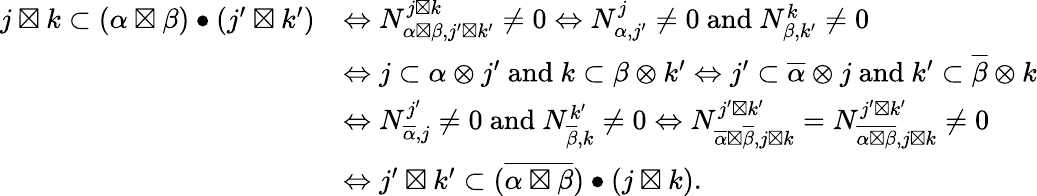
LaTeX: \begin{array}{rl}{j\boxtimes k\subset(\alpha\boxtimes\beta)\bullet(j^{\prime}\boxtimes k^{\prime})}&{\Leftrightarrow N_{\alpha\boxtimes\beta,j^{\prime}\boxtimes k^{\prime}}^{j\boxtimes k}\neq 0\Leftrightarrow N_{\alpha,j^{\prime}}^{j}\neq 0\mathrm{~and~}N_{\beta,k^{\prime}}^{k}\neq 0}\\ &{\Leftrightarrow j\subset\alpha\otimes j^{\prime}\mathrm{~and~}k\subset\beta\otimes k^{\prime}\Leftrightarrow j^{\prime}\subset\overline{{\alpha}}\otimes j\mathrm{~and~}k^{\prime}\subset\overline{{\beta}}\otimes k}\\ &{\Leftrightarrow N_{\overline{{\alpha}},j}^{j^{\prime}}\neq 0\mathrm{~and~}N_{\overline{{\beta}},k}^{k^{\prime}}\neq 0\Leftrightarrow N_{\overline{{\alpha}}\boxtimes\overline{{\beta}},j\boxtimes k}^{j^{\prime}\boxtimes k^{\prime}}=N_{\overline{{\alpha\boxtimes\beta}},j\boxtimes k}^{j^{\prime}\boxtimes k^{\prime}}\neq 0}\\ &{\Leftrightarrow j^{\prime}\boxtimes k^{\prime}\subset(\overline{{\alpha\boxtimes\beta}})\bullet(j\boxtimes k).}\end{array}